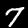
Label: 7